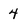
Character: 4